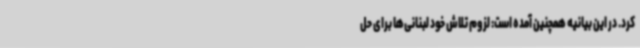
کرد. در این بیانیه همچنین آمده است: لزوم تلاش خود لبنانی‌ها برای حل